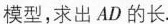
模型，求出AD的长。